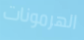
الهرمونات